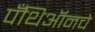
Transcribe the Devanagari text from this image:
पँथिऑनचे